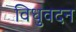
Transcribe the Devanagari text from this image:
विधुवदन